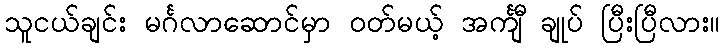
သူငယ်ချင်း မင်္ဂလာဆောင်မှာ ဝတ်မယ့် အင်္ကျီ ချုပ် ပြီးပြီလား။